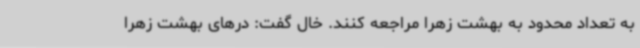
به تعداد محدود به بهشت زهرا مراجعه کنند. خال گفت: درهای بهشت زهرا